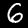
Label: 6